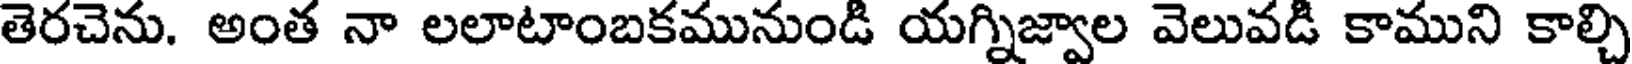
తెరచెను. అంత నా లలాటాంబకమునుండి యగ్నిజ్వాల వెలువడి కాముని కాల్చి